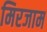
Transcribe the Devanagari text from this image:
मिरजाम